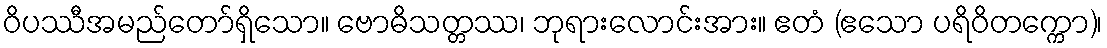
ဝိပဿီအမည်တော်ရှိသော။ ဗောဓိသတ္တဿ၊ ဘုရားလောင်းအား။ ဧတံ (ဧသော ပရိဝိတက္ကော)၊